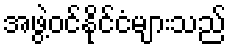
အဖွဲ့ဝင်နိုင်ငံများသည်